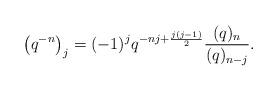
LaTeX: \begin{align*}\left(q^{-n}\right)_j = (-1)^j q^{-nj + \frac{j(j-1)}{2}} \frac{(q)_{n}}{(q)_{n-j}}.\end{align*}